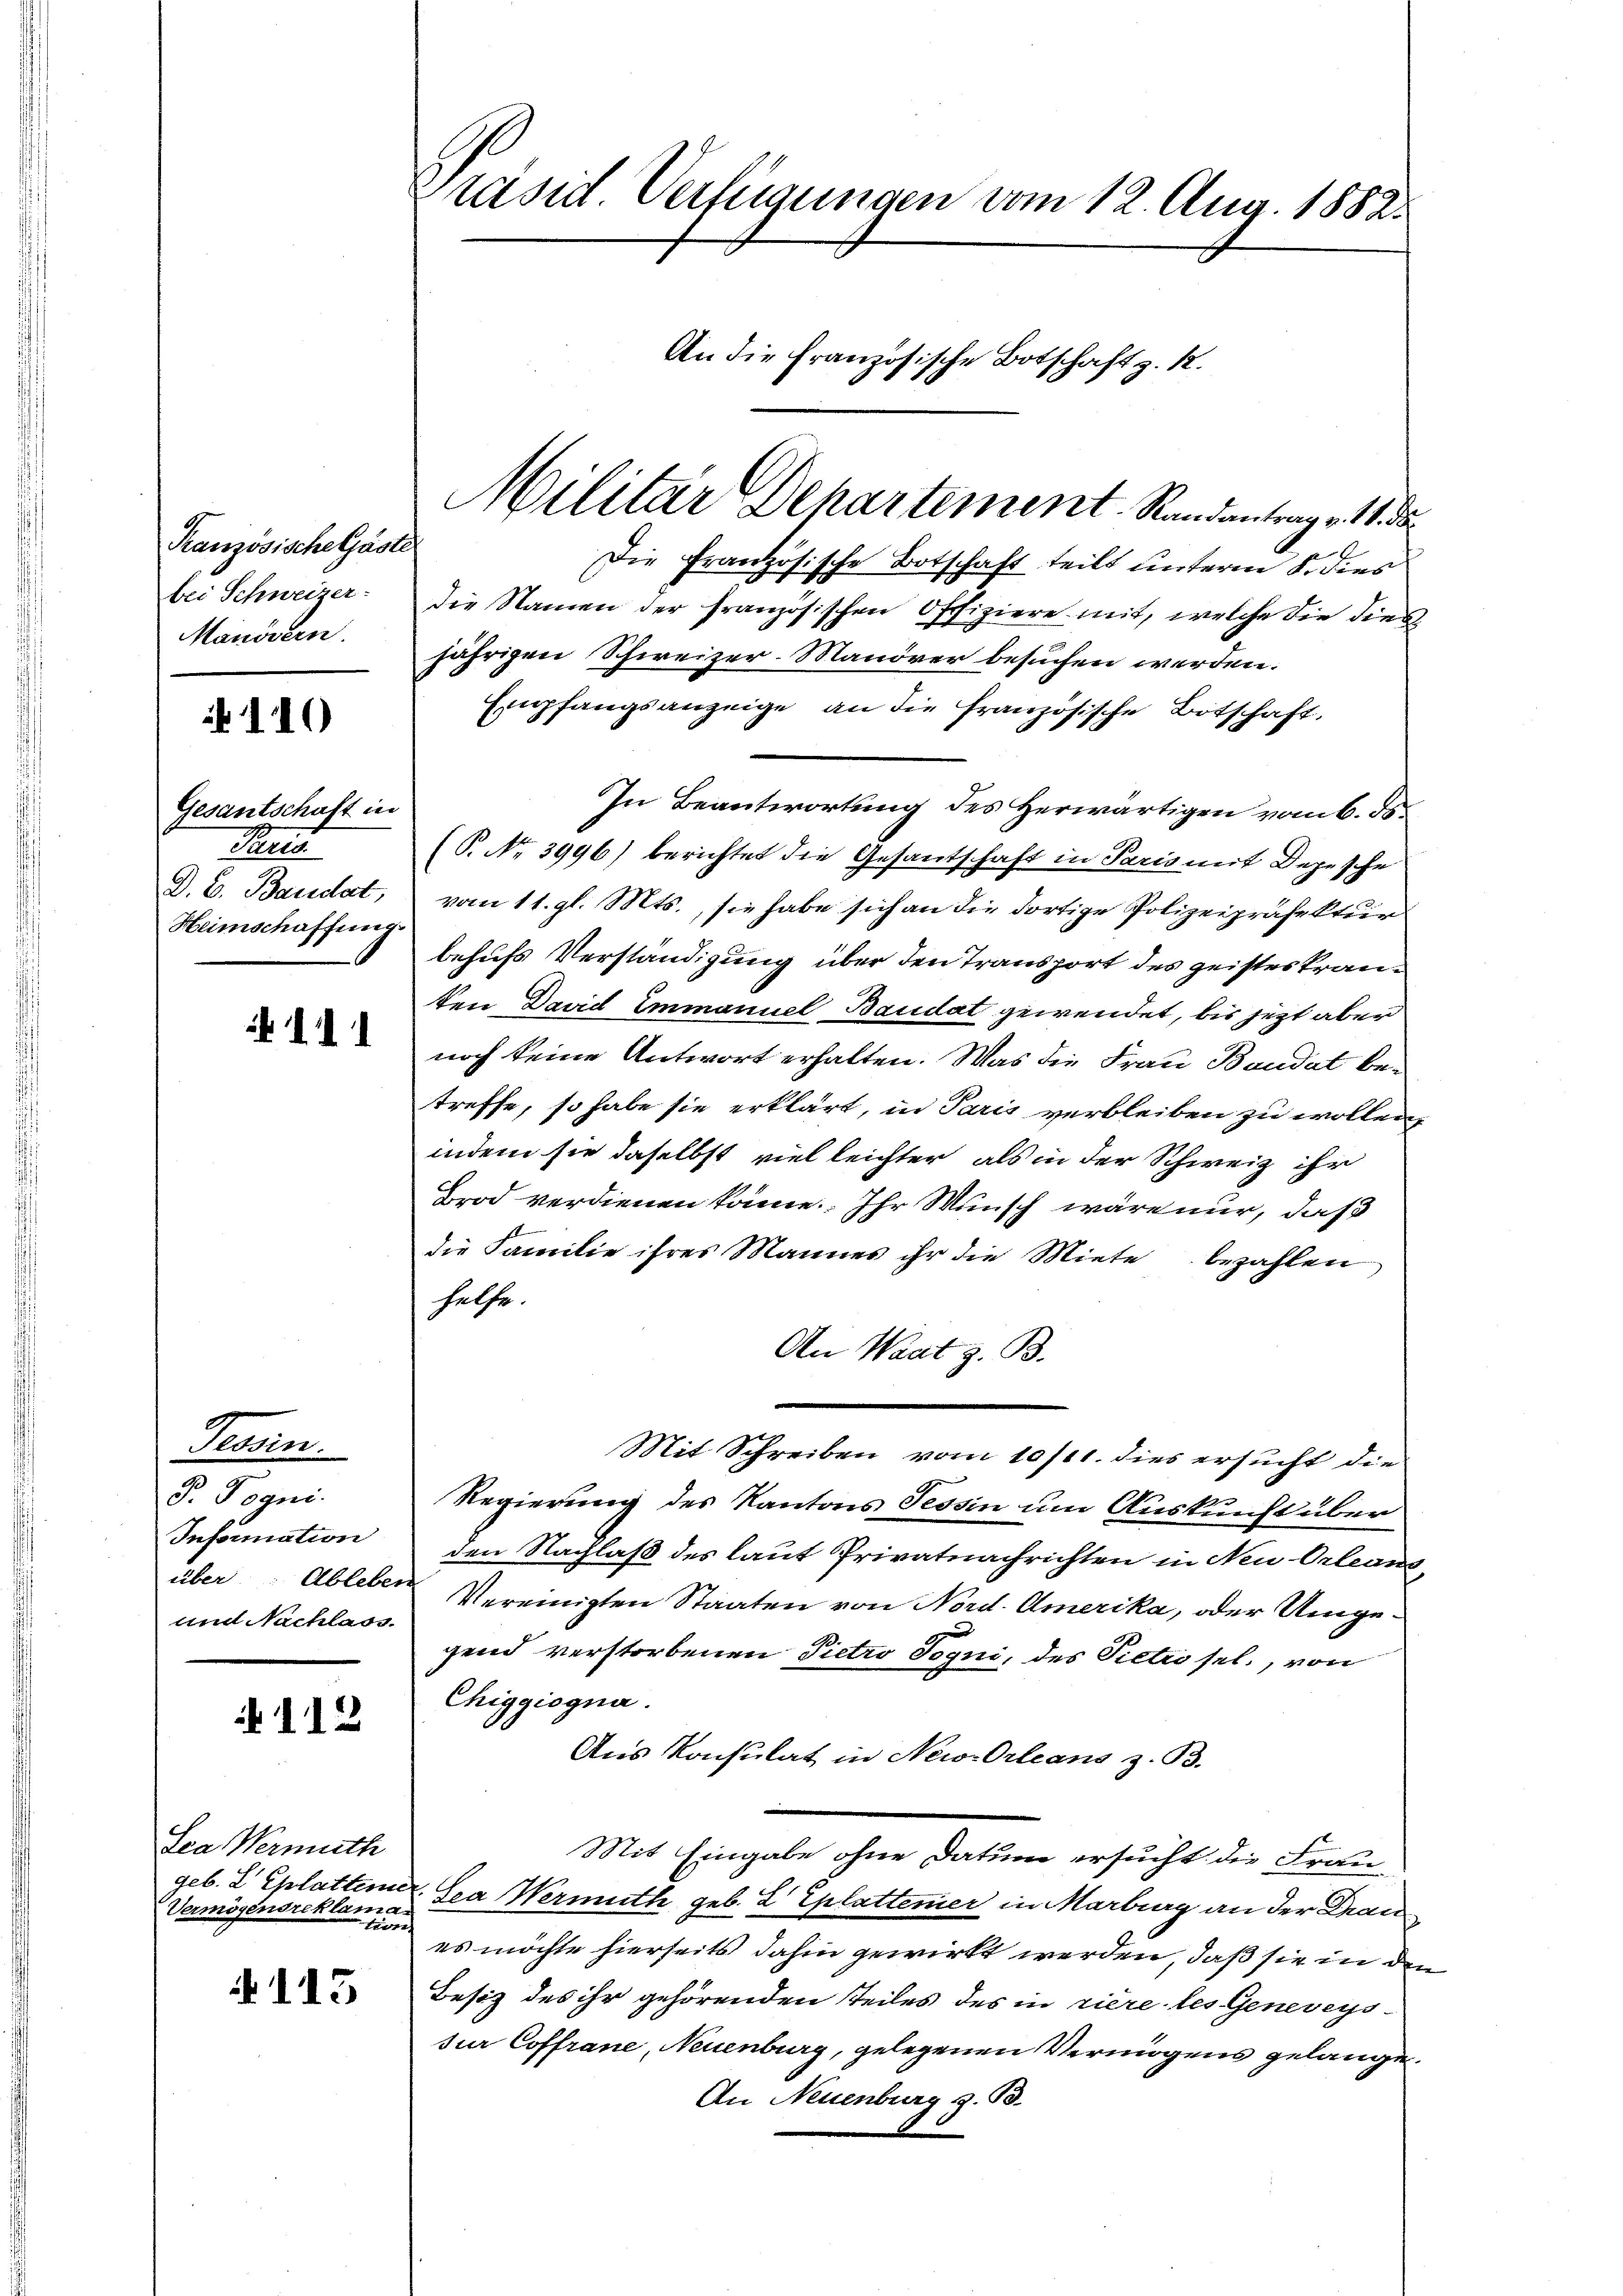
Kranzösische Gäste
bei Schweizer-
Manövern

110

Gesantschaft in
Pris
D. B. Baudat,
Heimschaffung.

111

Tessin.
J. Pogni
Information
über : Ableber
und Nachlass.

112

Sea Vermuth
geb. L Eplattene
Vermögensreklama.
n

115

räsid. Verfügungen vom 12. Aug. 1882.
An die französische Botschaft z. R.

Die Französische Botschaft teilt unterm 8. dies
die Namen der französischen Offiziere mit, welche die dies
jährigen Schweizer-Manöver besuchen werden.
Empfangsanzeige an die französische Botschaft,
In Beantwortung des Herwärtigen vom 6. ds.
(P. Nr. 3996) berichtet die Gesantschaft in Paris mit Depesche
vom 11. gl. Mts., sie habe sich an die dortige Polizeipräfektuir
behufs Verständigung über den Transport des geistes tranten David Emmanuel Baudat gewendet, bis jezt aber
noch keine Antwort erhalten. Was die Frau Baudat betreffe, so habe sie erklärt, in Paris verbleiben zu wollen,
indem sie daselbst vielleichter, als in der Schweiz ihr
Brod verdienen könne. Ihr Wunsch wäre mir, daß
die Familie ihres Mannes ihr die Miete bezahlen
helfe.
An Waat z. B.
Mit Schreiben vom 10/11. dies ersucht die
Regierung des Kantons Tessin um Auskunft über
den Nachlaß des laut Privatnachrichten in Neu-Orleans
Vereinigten Staaten von Nord. Amerika, oder Umgegend verstorbenen Pietro Joqui, des Pietrosel., von
Chiggiogna.
Aus Konsulat in New-Orleans z. B.
Mit Eingabe ohne Datum ersucht die Frau
Sea Wermuth geb. L Eplattener in Marburg an der Drau
es möchte hierseits dahin gewirkt werden, daß sie in den
Besitz des ihr gehörenden Teiles des in riere les Geneveyssur Coffrane, Neuenburg, gelegenen Vermögens gelange¬
An Neuenburg z. B.

Militar Departement Randantrag v. 18. da